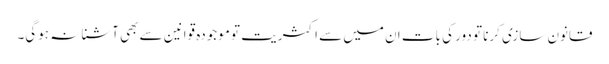
قانون سازی کرنا تو دور کی بات ان میں سے اکثریت تو موجودہ قوانین سے بھی آشنا نہ ہوگی۔